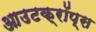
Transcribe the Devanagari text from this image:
आउटक्रॉप्स